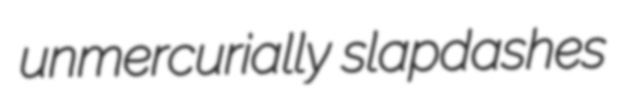
unmercurially slapdashes